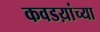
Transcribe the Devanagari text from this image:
कवडय़ांच्या